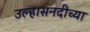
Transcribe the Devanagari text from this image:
उल्हासनदीच्या